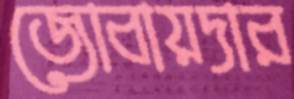
জোবায়দার